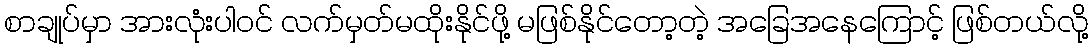
စာချုပ်မှာ အားလုံးပါဝင် လက်မှတ်မထိုးနိုင်ဖို့ မဖြစ်နိုင်တော့တဲ့ အခြေအနေကြောင့် ဖြစ်တယ်လို့